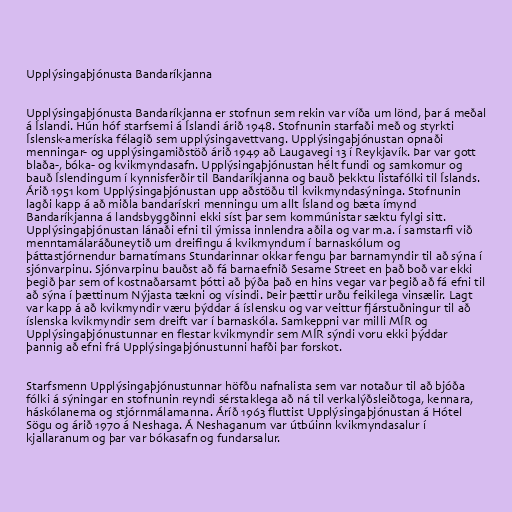
Upplýsingaþjónusta Bandaríkjanna

Upplýsingaþjónusta Bandaríkjanna er stofnun sem rekin var víða um lönd, þar á meðal
á Íslandi. Hún hóf starfsemi á Íslandi árið 1948. Stofnunin starfaði með og styrkti
Íslensk-ameríska félagið sem upplýsingavettvang. Upplýsingaþjónustan opnaði
menningar- og upplýsingamiðstöð árið 1949 að Laugavegi 13 í Reykjavík. Þar var gott
blaða-, bóka- og kvikmyndasafn. Upplýsingaþjónustan hélt fundi og samkomur og
bauð Íslendingum í kynnisferðir til Bandaríkjanna og bauð þekktu listafólki til Íslands.
Árið 1951 kom Upplýsingaþjónustan upp aðstöðu til kvikmyndasýninga. Stofnunin
lagði kapp á að miðla bandarískri menningu um allt Ísland og bæta ímynd
Bandaríkjanna á landsbyggðinni ekki síst þar sem kommúnistar sæktu fylgi sitt.
Upplýsingaþjónustan lánaði efni til ýmissa innlendra aðila og var m.a. í samstarfi við
menntamálaráðuneytið um dreifingu á kvikmyndum í barnaskólum og
þáttastjórnendur barnatímans Stundarinnar okkar fengu þar barnamyndir til að sýna í
sjónvarpinu. Sjónvarpinu bauðst að fá barnaefnið Sesame Street en það boð var ekki
þegið þar sem of kostnaðarsamt þótti að þýða það en hins vegar var þegið að fá efni til
að sýna í þættinum Nýjasta tækni og vísindi. Þeir þættir urðu feikilega vinsælir. Lagt
var kapp á að kvikmyndir væru þýddar á íslensku og var veittur fjárstuðningur til að
íslenska kvikmyndir sem dreift var í barnaskóla. Samkeppni var milli MÍR og
Upplýsingaþjónustunnar en flestar kvikmyndir sem MÍR sýndi voru ekki þýddar
þannig að efni frá Upplýsingaþjónustunni hafði þar forskot.

Starfsmenn Upplýsingaþjónustunnar höfðu nafnalista sem var notaður til að bjóða
fólki á sýningar en stofnunin reyndi sérstaklega að ná til verkalýðsleiðtoga, kennara,
háskólanema og stjórnmálamanna. Áríð 1963 fluttist Upplýsingaþjónustan á Hótel
Sögu og árið 1970 á Neshaga. Á Neshaganum var útbúinn kvikmyndasalur í
kjallaranum og þar var bókasafn og fundarsalur.